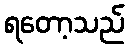
ရတော့သည်